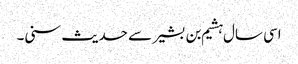
اسی سال ہشیم بن بشیر سے حدیث سنی۔